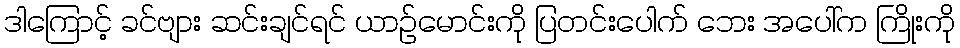
ဒါကြောင့် ခင်ဗျား ဆင်းချင်ရင် ယာဉ်မောင်းကို ပြတင်းပေါက် ဘေး အပေါ်က ကြိုးကို